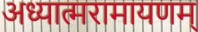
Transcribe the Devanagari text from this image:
अध्यात्मरामायणम्